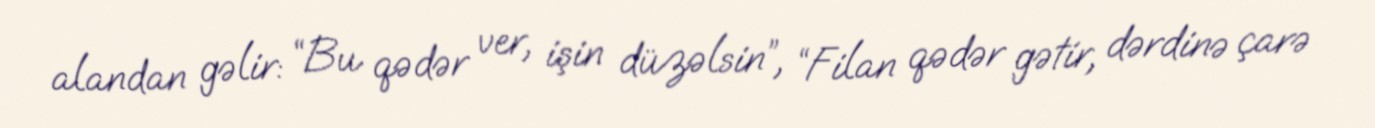
alandan gəlir: “Bu qədər ver, işin düzəlsin”, “Filan qədər gətir, dərdinə çarə